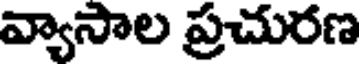
వ్యాసాల ప్రచురణ